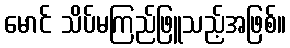
မောင် သိပ်မကြည်ဖြူသည့်အဖြစ်။